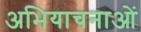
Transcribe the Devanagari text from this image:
अभियाचनाओं